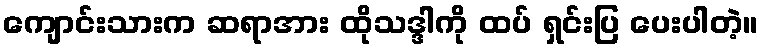
ကျောင်းသားက ဆရာအား ထိုသဒ္ဒါကို ထပ် ရှင်းပြ ပေးပါတဲ့။